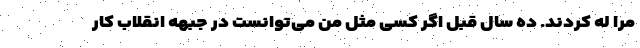
مرا له کردند. ده سال قبل اگر کسی مثل من می‌توانست در جبهه انقلاب کار